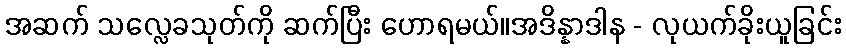
အဆက် သလ္လေခသုတ်ကို ဆက်ပြီး ဟောရမယ်။အဒိန္နာဒါန - လုယက်ခိုးယူခြင်း